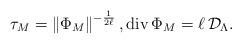
LaTeX: \begin{align*}\tau_{M}=\left\|\Phi_{M}\right\|^{-\frac{1}{2\ell}},{\rm div}\,\Phi_{M}=\ell\,{\mathcal D}_{\Lambda}.\end{align*}